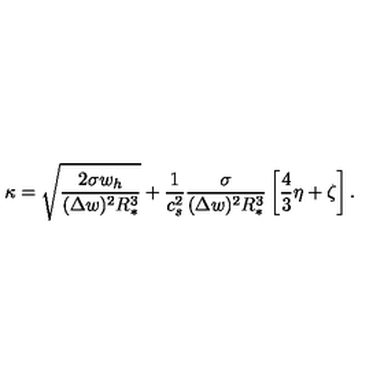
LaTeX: \kappa = \sqrt { \frac { 2 \sigma w _ { h } } { ( \Delta w ) ^ { 2 } R _ { * } ^ { 3 } } } + \frac { 1 } { c _ { s } ^ { 2 } } \frac { \sigma } { ( \Delta w ) ^ { 2 } R _ { * } ^ { 3 } } \left[ \frac { 4 } { 3 } \eta + \zeta \right] .